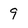
Character: 9